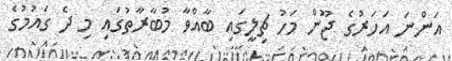
އަންނަ އަހަރުގެ ޖޫން މަހު ޗިލީގައި ބާއްވާ މުބާރާތުގައި މި ދެ ގައުމުގެ